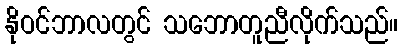
နိုဝင်ဘာလတွင် သဘောတူညီလိုက်သည်။